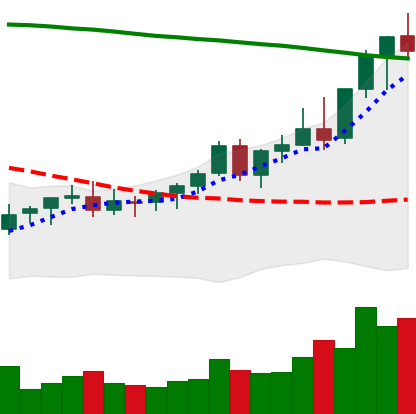
Ticker: EOS-USD
Chart end date: 2021-08-16
Forward return: -3.399%
Label: down_3_5